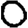
Digit: 0